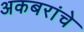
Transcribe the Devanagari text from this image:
अकबरांचे